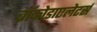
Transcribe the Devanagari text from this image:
ब्रॉकोडाएलेटर्स